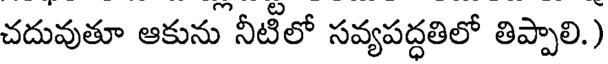
చదువుతూ ఆకును నీటీలో సవ్యపద్ధతిలో తిప్పాలి.)